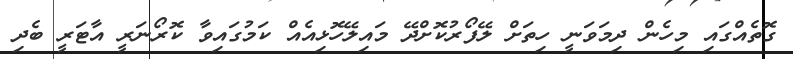
ގޮތެއްގައި މިހެން ދިމަވަނީ ހިތަށް ލޭފޯރުކޮށްދޭ މައިލޭހޮޅިއެއް ކަމުގައިވާ ކޮރޯނަރީ އާޓަރީ ބެދި